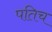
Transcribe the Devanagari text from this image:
पतिच